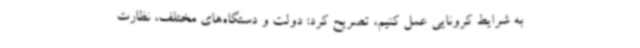
به شرایط کرونایی عمل کنیم، تصریح کرد: دولت و دستگاه‌های مختلف، نظارت